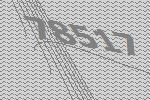
78517